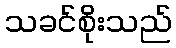
သခင်စိုးသည်